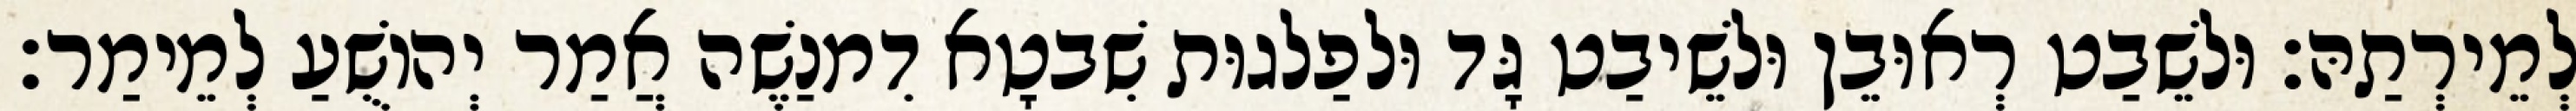
לְמֵירְתַהּ׃ וּלשֵׁבַט רְאוּבֵן וּלשֵׁיבַט גָּד וּלפַלגוּת שִׁבטָא דִמנַשֶׁה אֲמַר יְהוֹשֻׁעַ לְמֵימַר׃